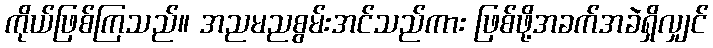
ကိုယ်ဖြစ်ကြသည်။ အညမညစွမ်းအင်သည်ကား ဖြစ်ဖို့အခက်အခဲရှိလျှင်